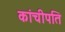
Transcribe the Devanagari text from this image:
कांचीपति